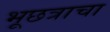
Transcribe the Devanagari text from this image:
भूछत्राचा